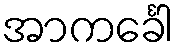
အာကင်္ခေါ